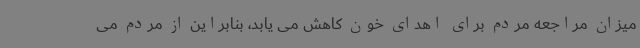
میزان مراجعه مردم برای اهدای خون کاهش می یابد، بنابراین از مردم می